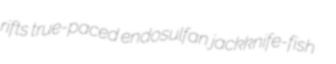
rifts true-paced endosulfan jackknife-fish